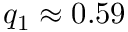
q _ { 1 } \approx 0 . 5 9